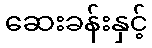
ဆေးခန်းနှင့်